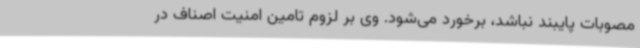
مصوبات پایبند نباشد، برخورد می‌شود. وی بر لزوم تامین امنیت اصناف در